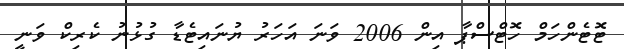
ޓޮޓެންހަމް ހޮޓްސްޕާ އިން 2006 ވަނަ އަހަރު ޔުނައިޓެޑާ ގުޅުނު ކެރިކް ވަނީ